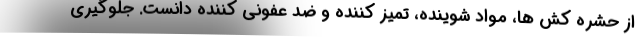
از حشره کش ها، مواد شوینده، تمیز کننده و ضد عفونی کننده دانست. جلوگیری